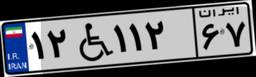
۲۲W۹۲۴۸۲